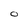
Character: O